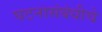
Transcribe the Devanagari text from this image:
घटनासंबंधीचे